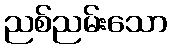
ညစ်ညမ်းသော